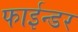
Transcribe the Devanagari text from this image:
फाईन्डर